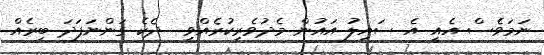
ނަމަވެސް އެއީ އެ ސައިލު އައުން މެދުވެރިކުރެއްވި  ދެކެ ގަންނަފަދަ ބިރެއް